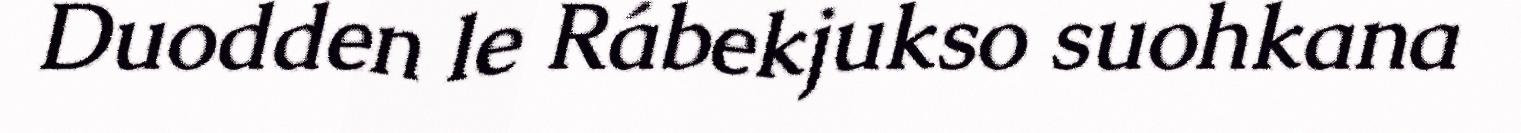
Duodden le Rábekjukso suohkana